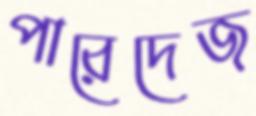
পারেদেজ